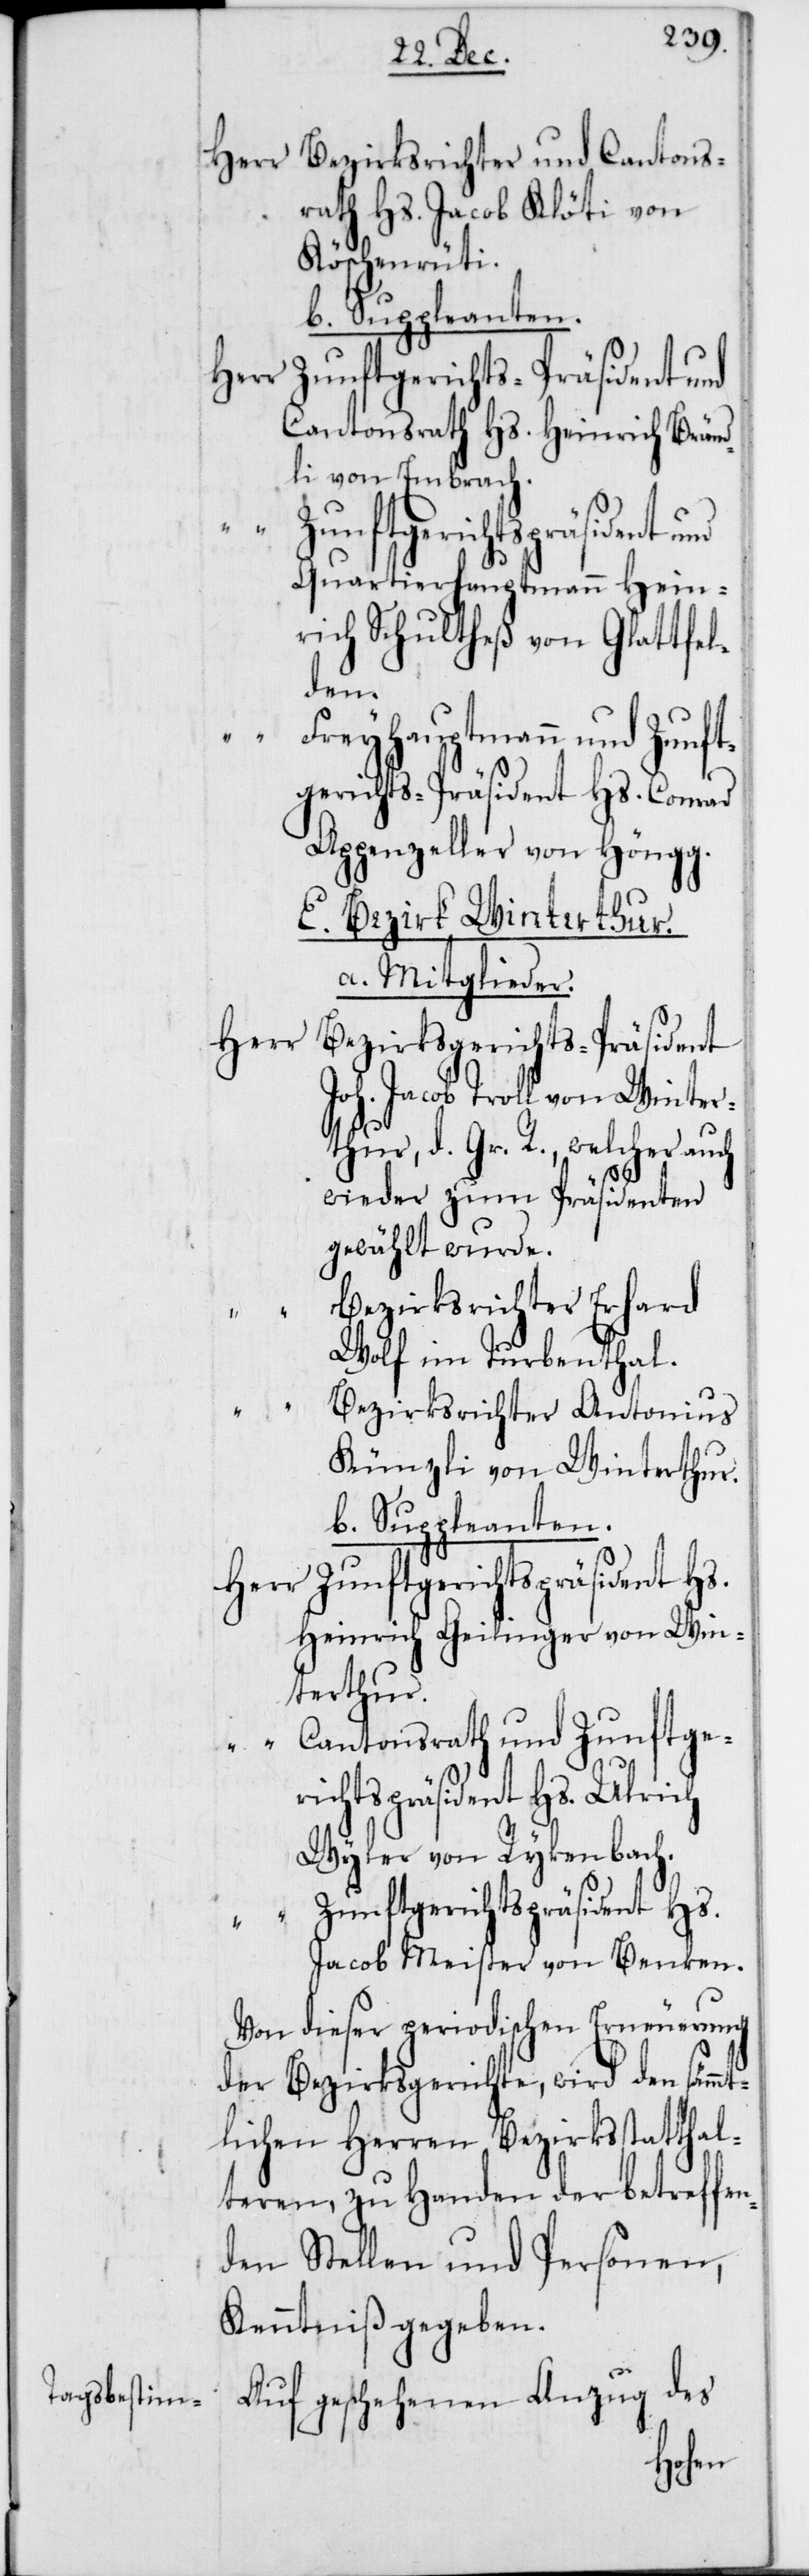
Bezirksrichter und Cantons¬
rath Hs. Jacob Klöti von
Köschenrüti.
b. Suppleanten.
Herr
Zunftgerichtspräsident und
Cantonsrath Hs. Heinrich Bränd¬
li von Embrach.
s.
hur, des Großen Ra¬
Quartierhautmann Hein¬
rich Schultheß von Glattfel¬
den.
Freyhauptmann und Zunft¬
gerichts-Präsident Hs. Conrad
Appenzeller von Höngg.
E. Bezirk Winterthur.
a. Mitglieder.
Herr
Bezirksgerichts-Präsident
Joh. Jacob Troll von Wintert¬
ths, welcher auch
wieder zum Präsidenten
gewählt wurde.
Bezirksrichter Erhard
Wolf im Turbenthal.
Bezirksrichter Antonius
Künzli von Winterthur.
b. Suppleanten.
Zunftgerichtspräsident H¬
Herr
Heinrich Geilinger von Win¬
terthur.
Cantonsrath und Zunftge¬
richtspräsident Hs. Ulrich
Wyler von Rykenbach.
Jacob Meister von Benken.
Von dieser periodischen Erneuerung
der Bezirksgerichte, wird den sämm¬
tlichen Herren Bezirksstatthal¬
teren zu Handen der betreffe¬
nden Stellen und Personen,
Kenntniß gegeben.
Auf geschehenen Anzug des